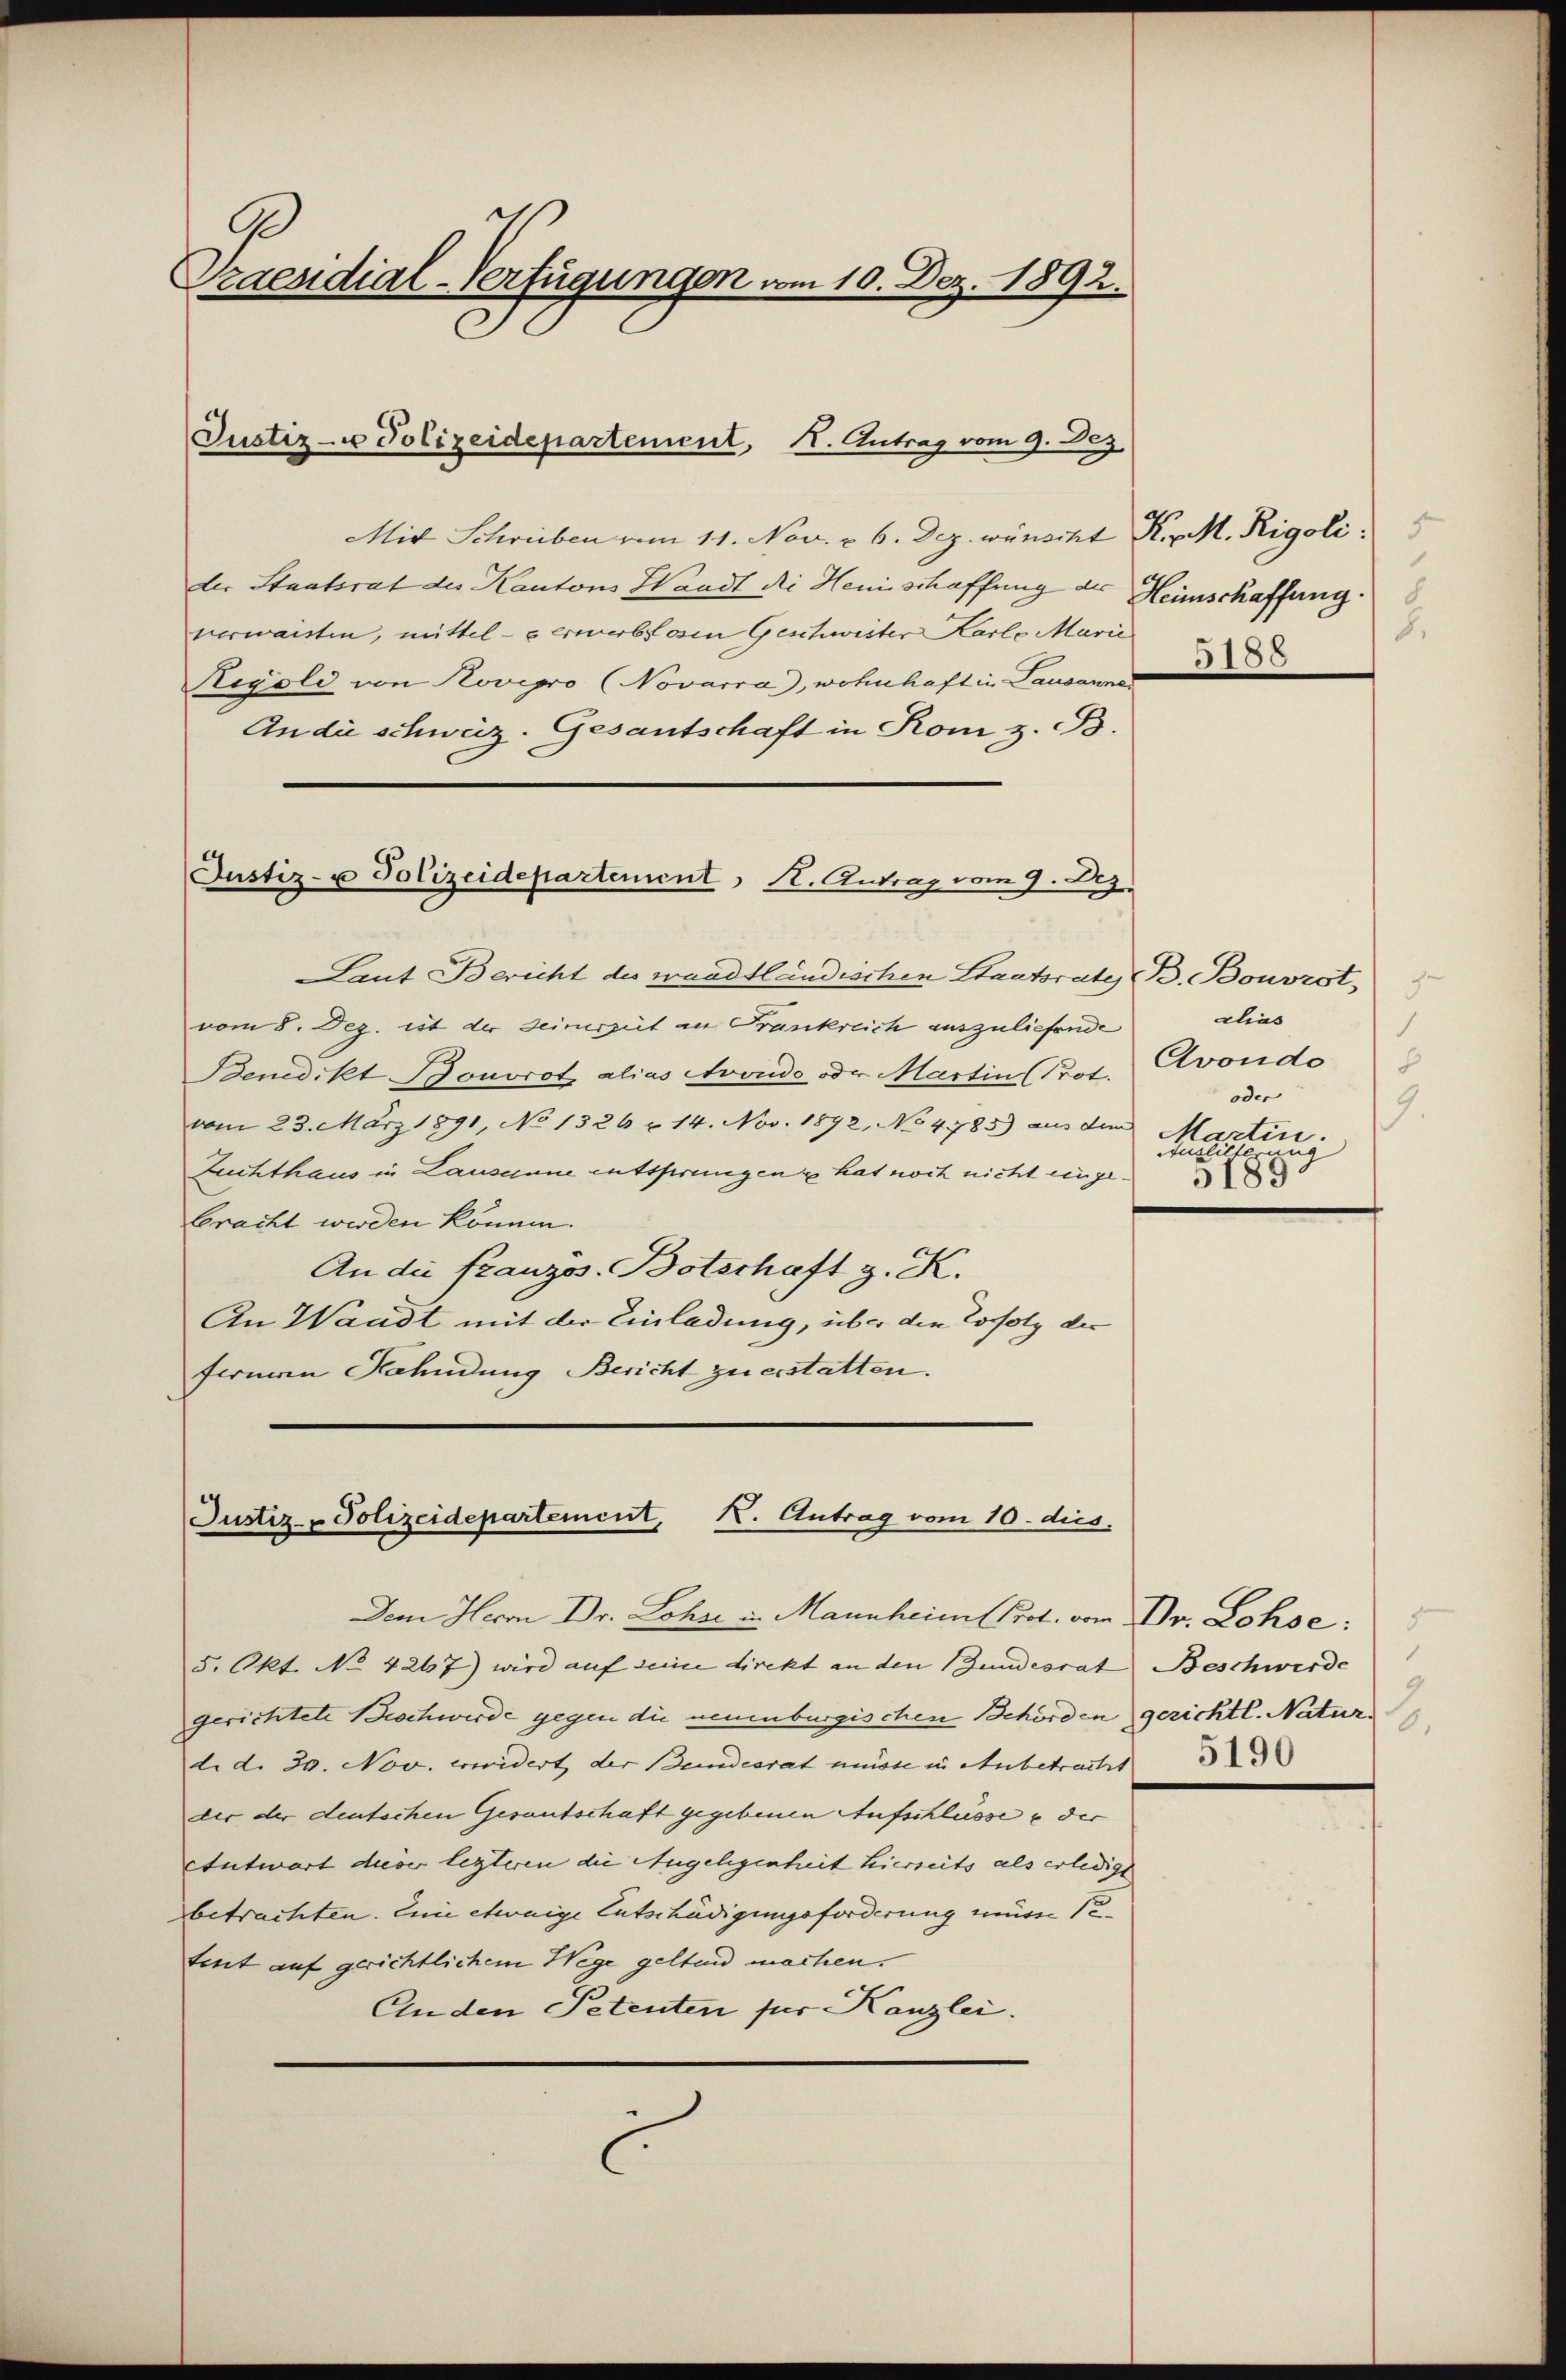
Oraendial-Verfügungen vom 10. Dez. 1892.

Justiz- u Polizeidepartement, I. Antrag vom 9. Dez

Justiz- u Polizeidepartement, Kt. Antrag vom 9. Dez.

Mit Schreiben vom 11. Nov. v. 6. Dez. wünscht K. M. Rigoli
der Staatsrat der Kantons Waadt die Heni schaffung der Heimschaffung.
nerwaisten, mittel - verwerblosen Geschweiter Karlo Marie
Rigold von Novegro (Novarra), wohnhaft in Lausannes
An die schweiz. Gesantschaft in Rom z. B.
Laut Bericht des waadtländischen Staatsrate B. Bouvrot,
vom 8. Dez. ist der Seinerzeit an Frankreich auszuliefende
Benedikt Bonvrot alias Avondo oder Martin (Prot.
vom 23. März 1891, No 1326 u. 14. Nov. 1892, No 4785) aus dem Martini.
Zuchthaus in Lausanne entsprungen hat noch nicht eingebracht werden können.
An die französ. Botschaft z. K.
An Waadt mit der Einladung, über die Tofolg der
fernen Hahndung Bericht zu erstatten.

Justiz- Polizeidepartement, K. Antrag vom 10. dies

Dem Herrn Dr. Lohne u. Mannheim Prot. vom Dr. Lohse
5. Okt. No 4267) wird auf seine direkt an den Gundesrat
gerichtete Beschwerde gegen die neuenburgischen Behörden gerichtl. Natur.
li d. 30. Nov. erwidert, der Bundesrat müsse in Anbetracht
der der deutschen Gesantschaft gegebenen Aufschlüsse & der
Antwort dieser lezteren die Angelegenheit hierseits als erledigt
betrachten. Eine etwaige Entschädigungsforderung müsse se
tent auf gerichtlichem Wege geltend machen.
Anden Petenten für Kanzlei.

8.
5188

clias
Cvondo
oder
9.
Auslieferung
5189

Beschwerde
9
6.